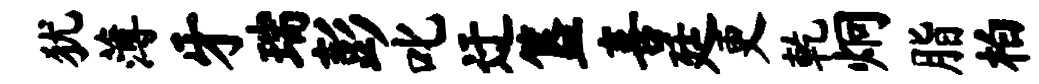
犹薄牙瑞彭叱迂簋喜廷更乾炯脂柏